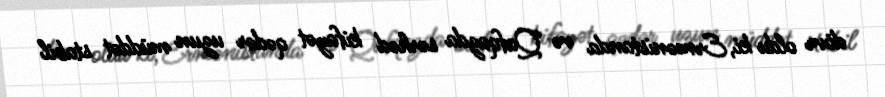
dövr oldu ki, Ermənistanda və Qafqazda sərhəd kifayət qədər uzun müddət stabil